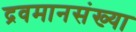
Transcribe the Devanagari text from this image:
द्रवमानसंख्या